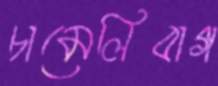
চামেলিবাগ